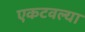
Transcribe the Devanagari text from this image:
एकटवल्या